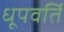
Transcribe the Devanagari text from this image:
धूपवर्ति